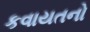
કવાયતનો